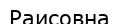
Раисовна